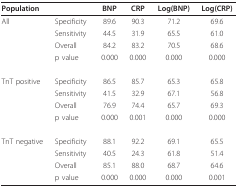
| Population |  | BNP | CRP | Log(BNP) | Log(CRP) |
 | --- | --- | --- | --- | --- | --- |
 | All | Specificity | 89.6 | 90.3 | 71.2 | 69.6 |
 |  | Sensitivity | 44.5 | 31.9 | 65.5 | 61.0 |
 |  | Overall | 84.2 | 83.2 | 70.5 | 68.6 |
 |  | p value | 0.000 | 0.000 | 0.000 | 0.000 |
 | TnT positive | Specificity | 86.5 | 85.7 | 65.3 | 65.8 |
 |  | Sensitivity | 41.5 | 32.9 | 67.1 | 56.8 |
 |  | Overall | 76.9 | 74.4 | 65.7 | 69.3 |
 |  | p value | 0.000 | 0.001 | 0.000 | 0.000 |
 | TnT negative | Specificity | 88.1 | 92.2 | 69.1 | 65.5 |
 |  | Sensitivity | 40.5 | 24.3 | 61.8 | 51.4 |
 |  | Overall | 85.1 | 88.0 | 68.7 | 64.6 |
 |  | p value | 0.000 | 0.000 | 0.000 | 0.001 |